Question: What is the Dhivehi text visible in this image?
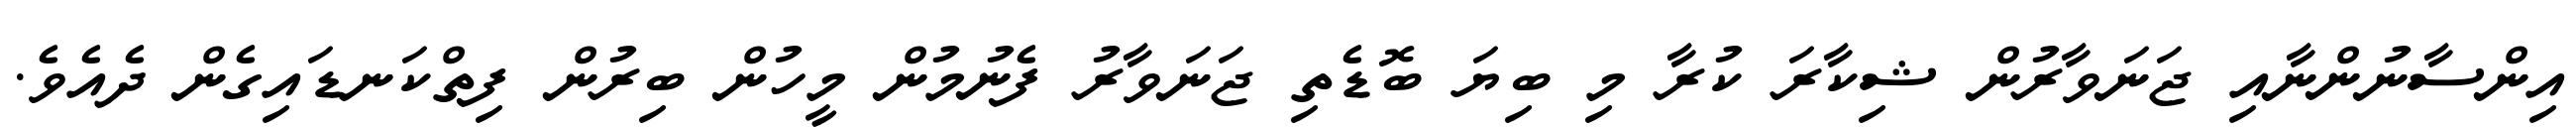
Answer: އިންސާނުންނާއި ޖަނަވާރުން ޝިކާރަ ކުރާ މި ބިޔަ ބޮޑެތި ޖަނަވާރު ފެނުމުން މީހުން ބިރުން ފިތްކަނޑައިގެން ދެއެވެ.